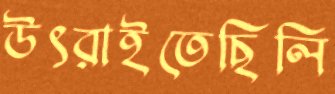
উৎরাইতেছিলি